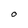
Character: O